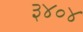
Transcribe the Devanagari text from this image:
३४०४